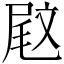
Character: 𡲈